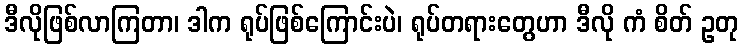
ဒီလိုဖြစ်လာကြတာ၊ ဒါက ရုပ်ဖြစ်ကြောင်းပဲ၊ ရုပ်တရားတွေဟာ ဒီလို ကံ စိတ် ဥတု